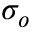
\sigma _ { o }